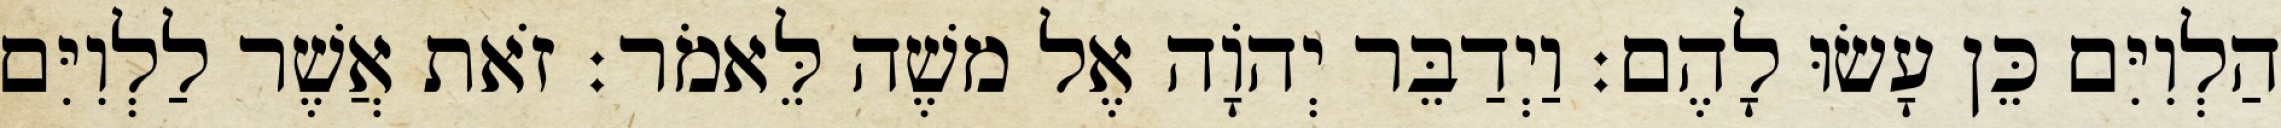
הַלְוִיִּם כֵּן עָשׂוּ לָהֶם׃ וַיְדַבֵּר יְהוָֹה אֶל משֶׁה לֵּאמֹר׃ זֹאת אֲשֶׁר לַלְוִיִּם